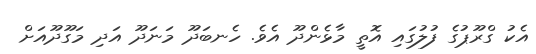
އެކު ގްރޫޕުގެ ފުލުގައި އޮތީ މާޅެންދޫ އެވެ. ހެނބަދޫ މަނަދޫ އަދި މަގޫދޫއަށް